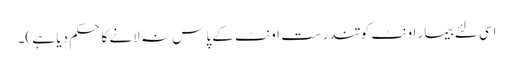
اسی لئے بیمار اونٹ کو تندرست اونٹ کے پاس نہ لانے کا حکم دیا ہے )۔